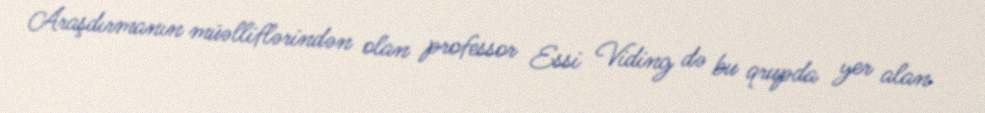
Araşdırmanın müəlliflərindən olan professor Essi Viding də bu qrupda yer alan